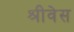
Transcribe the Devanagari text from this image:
श्रीवेस